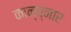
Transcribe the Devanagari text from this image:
कान्च्नार